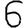
Digit: 6